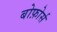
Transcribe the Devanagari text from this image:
बोफ़ोर्स